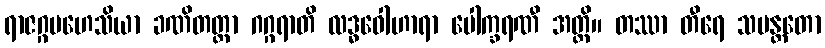
ရာဇဂ္ဂမဟေသိယာ ခဏိတတ္တာ ဂဂ္ဂရာတိ လဒ္ဓဝေါဟာရာ ပေါက္ခရဏီ အတ္ထိ။ တဿာ တီရေ သမန္တတော